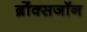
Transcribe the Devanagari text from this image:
ब्रोंक्सजॉन